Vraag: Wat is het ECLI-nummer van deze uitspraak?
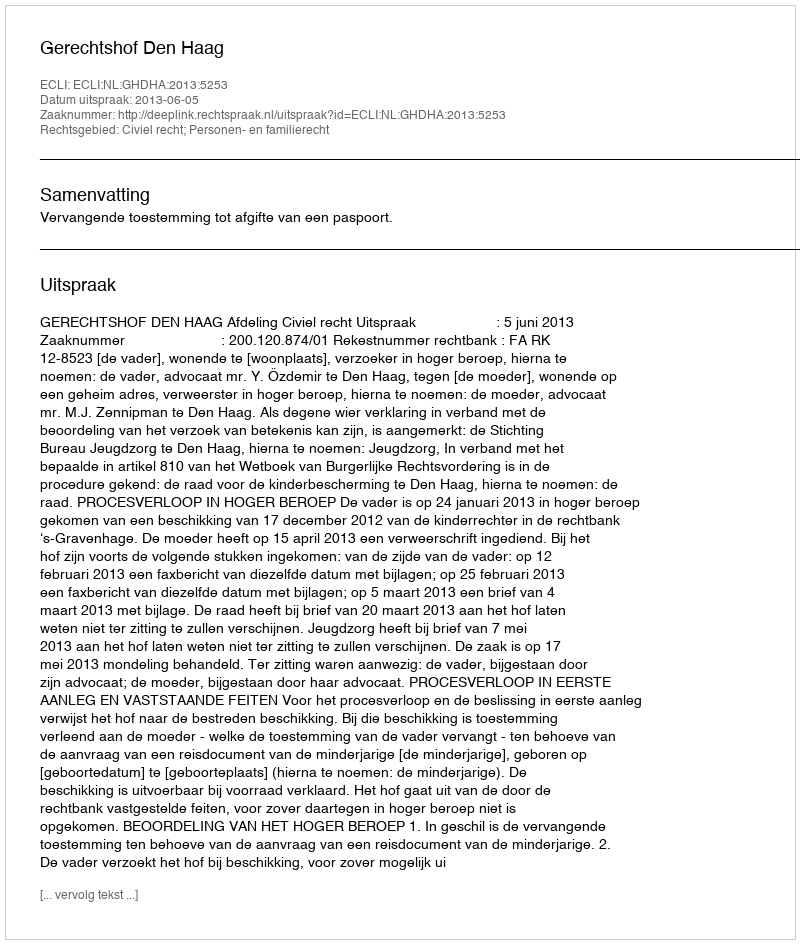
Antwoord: ECLI:NL:GHDHA:2013:5253